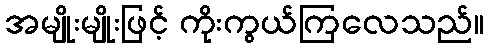
အမျိုးမျိုးဖြင့် ကိုးကွယ်ကြလေသည်။